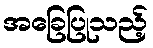
အခြေပြုသည့်